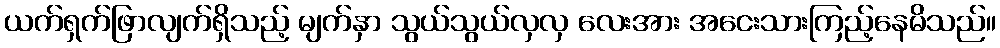
ယက်ရှက်ဖြာလျက်ရှိသည့် မျက်နှာ သွယ်သွယ်လှလှ လေးအား အငေးသားကြည့်နေမိသည်။